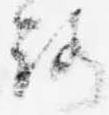
路